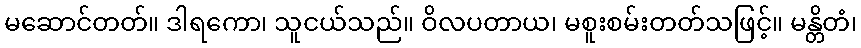
မဆောင်တတ်။ ဒါရကော၊ သူငယ်သည်။ ဝိလပတာယ၊ မစူးစမ်းတတ်သဖြင့်။ မန္တိတံ၊